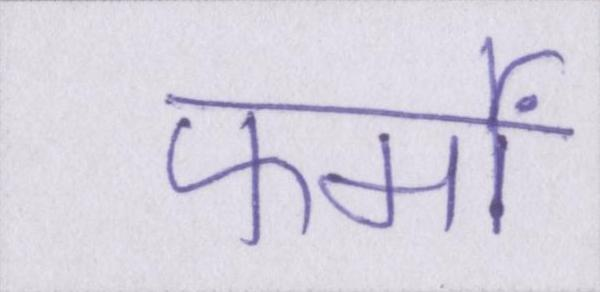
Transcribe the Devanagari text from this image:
फर्मों